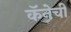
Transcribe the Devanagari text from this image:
कॅनेची